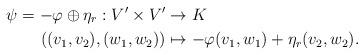
LaTeX: \begin{align*}\psi = -\varphi\oplus\eta_r: V'\times V'&\rightarrow K\\((v_1, v_2), (w_1, w_2))&\mapsto -\varphi(v_1, w_1)+\eta_r(v_2, w_2).\end{align*}